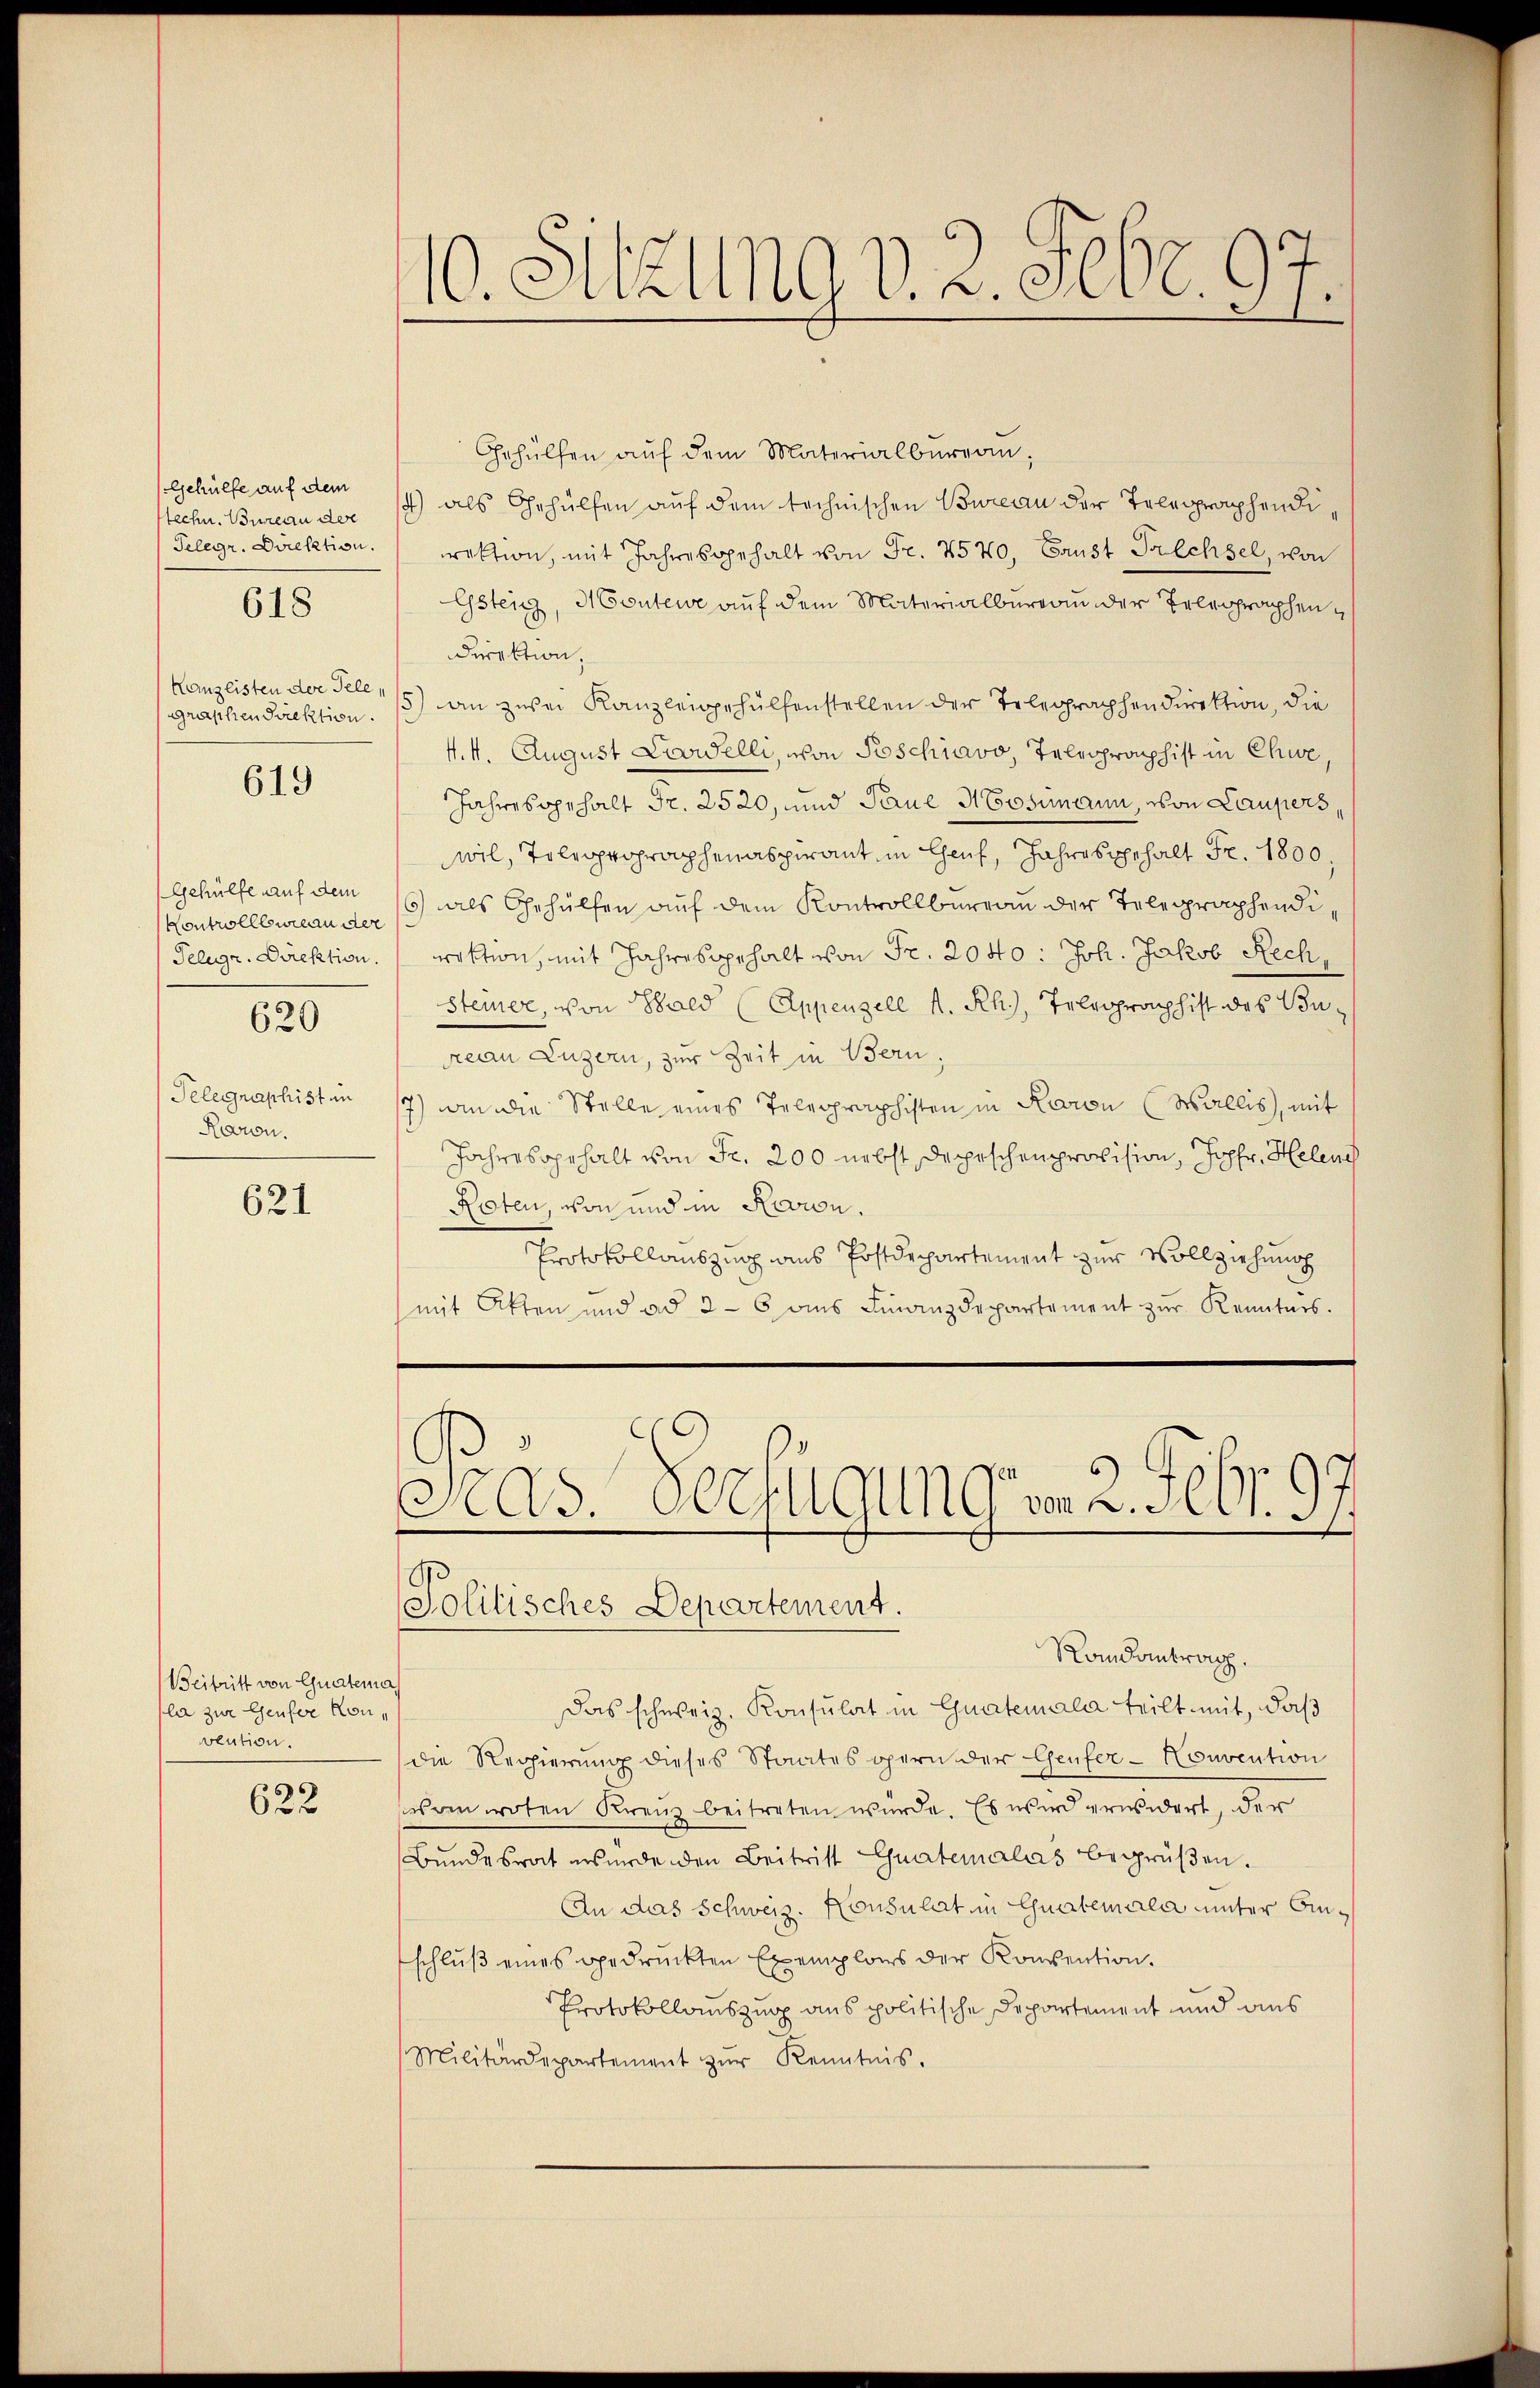
stechn. Bureau der
Telegr. Direktion.
graphen Direktion.

618

619

Kontrollbureau der
Telegr. Direktion.
620

Telegraphist in
Raron.

621

Beitritt von Guatema
la zur Genfer Konvention.

622

10. Sitzung v. 2. Febr. 97.

Gehülfen auf dem Materialburgau,
gehülfe auf dem 1) als Gehülfen auf dem technischen Bureau der Telegraphendiirektion, mit Jahresgehalt von Fr. 2540, Baust Prechsel, von
Gstenz, Monten auf dem Materialbureau der Telegraphen
direktion.
Kanzlisten der Ple,15) an zwei Kanzleigehülfenstellen der Telegraphendirektion, die
4.4. August Loowelli, von Poschiavo, Telegraphist in Chur,
Jahresgehalt Fr. 2520, und Paul Mosimann, von Laupers,
wil, Tolcoproprophenaspirant in Genf, Jahres gehalt Fr. 1800,
gehülfe auf dem 16 als Gehülfen auf dem Kontrollbureau der Telegraphendirektion, mit Jahresgehalt von Fr. 2040: Joh. Jakob Rech,
steiner, von Bald (Appenzell A. Rh., Telegraphist des Bureau Luzern, zur Zeit in Bern,
7) in die Stelle eines Telegraphisten in Karon (Wallis, mit
Jahresgehalt von Fr. 200 nebst Depeschenprovision, Jopfr. Helen
Roten, von und in Rovion.
Protokollauszug aus Postdepartement zur Vollziehung
mit Akten und ad 26 ans Finanzdepartement zŭr Kenntnis.
Präs. Verfügungen 2. Febr. 197
Politisches Departement.
Randantrag.
Das schweiz. Konsulat in Guatemala teilt mit, daß
die Regierung dieses Staates opern der Genfer-Nouvention
schon voten Kreuz beitreten würde. Es wird erwidert, der
Bundesrat wurde den Beitrist Guatemalas begrüßen.
An das Schweiz. Konsulat in Gualemala unter Anschlŭβ eines gedrückten Exemplars der Konvention.
Protokollauszug aus politische Departement und aus
Militärdepartement zŭr Kenntnis.